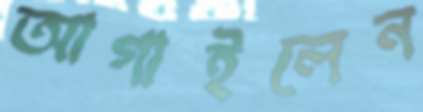
আগাইলেন